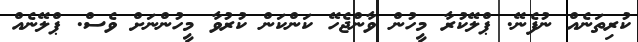
ކުރިތަނެއް ނުފެނޭ. ޕްލޭކުރާ މީހުން ވާންޖެހޭ ކަންކަން ކުރުވާ މީހުންނަށް ވެސް. ޕްލޭނެއް